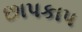
છાપકાપ